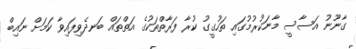
ގާނޫނު އަސާސީ މާނަކުރުމުގައި ތަހުގީގު ކުރާ ފަރާތްތަކުގެ އަތްތައް ބަނދެވިފައިވާ ކަމަށް ނައިބް